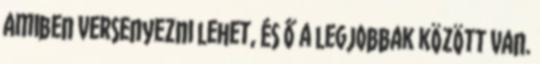
amiben versenyezni lehet, és ő a legjobbak között van.